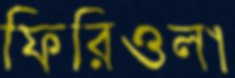
ফিরিওলা